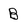
Character: B